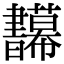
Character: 𢆅